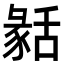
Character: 𦧬